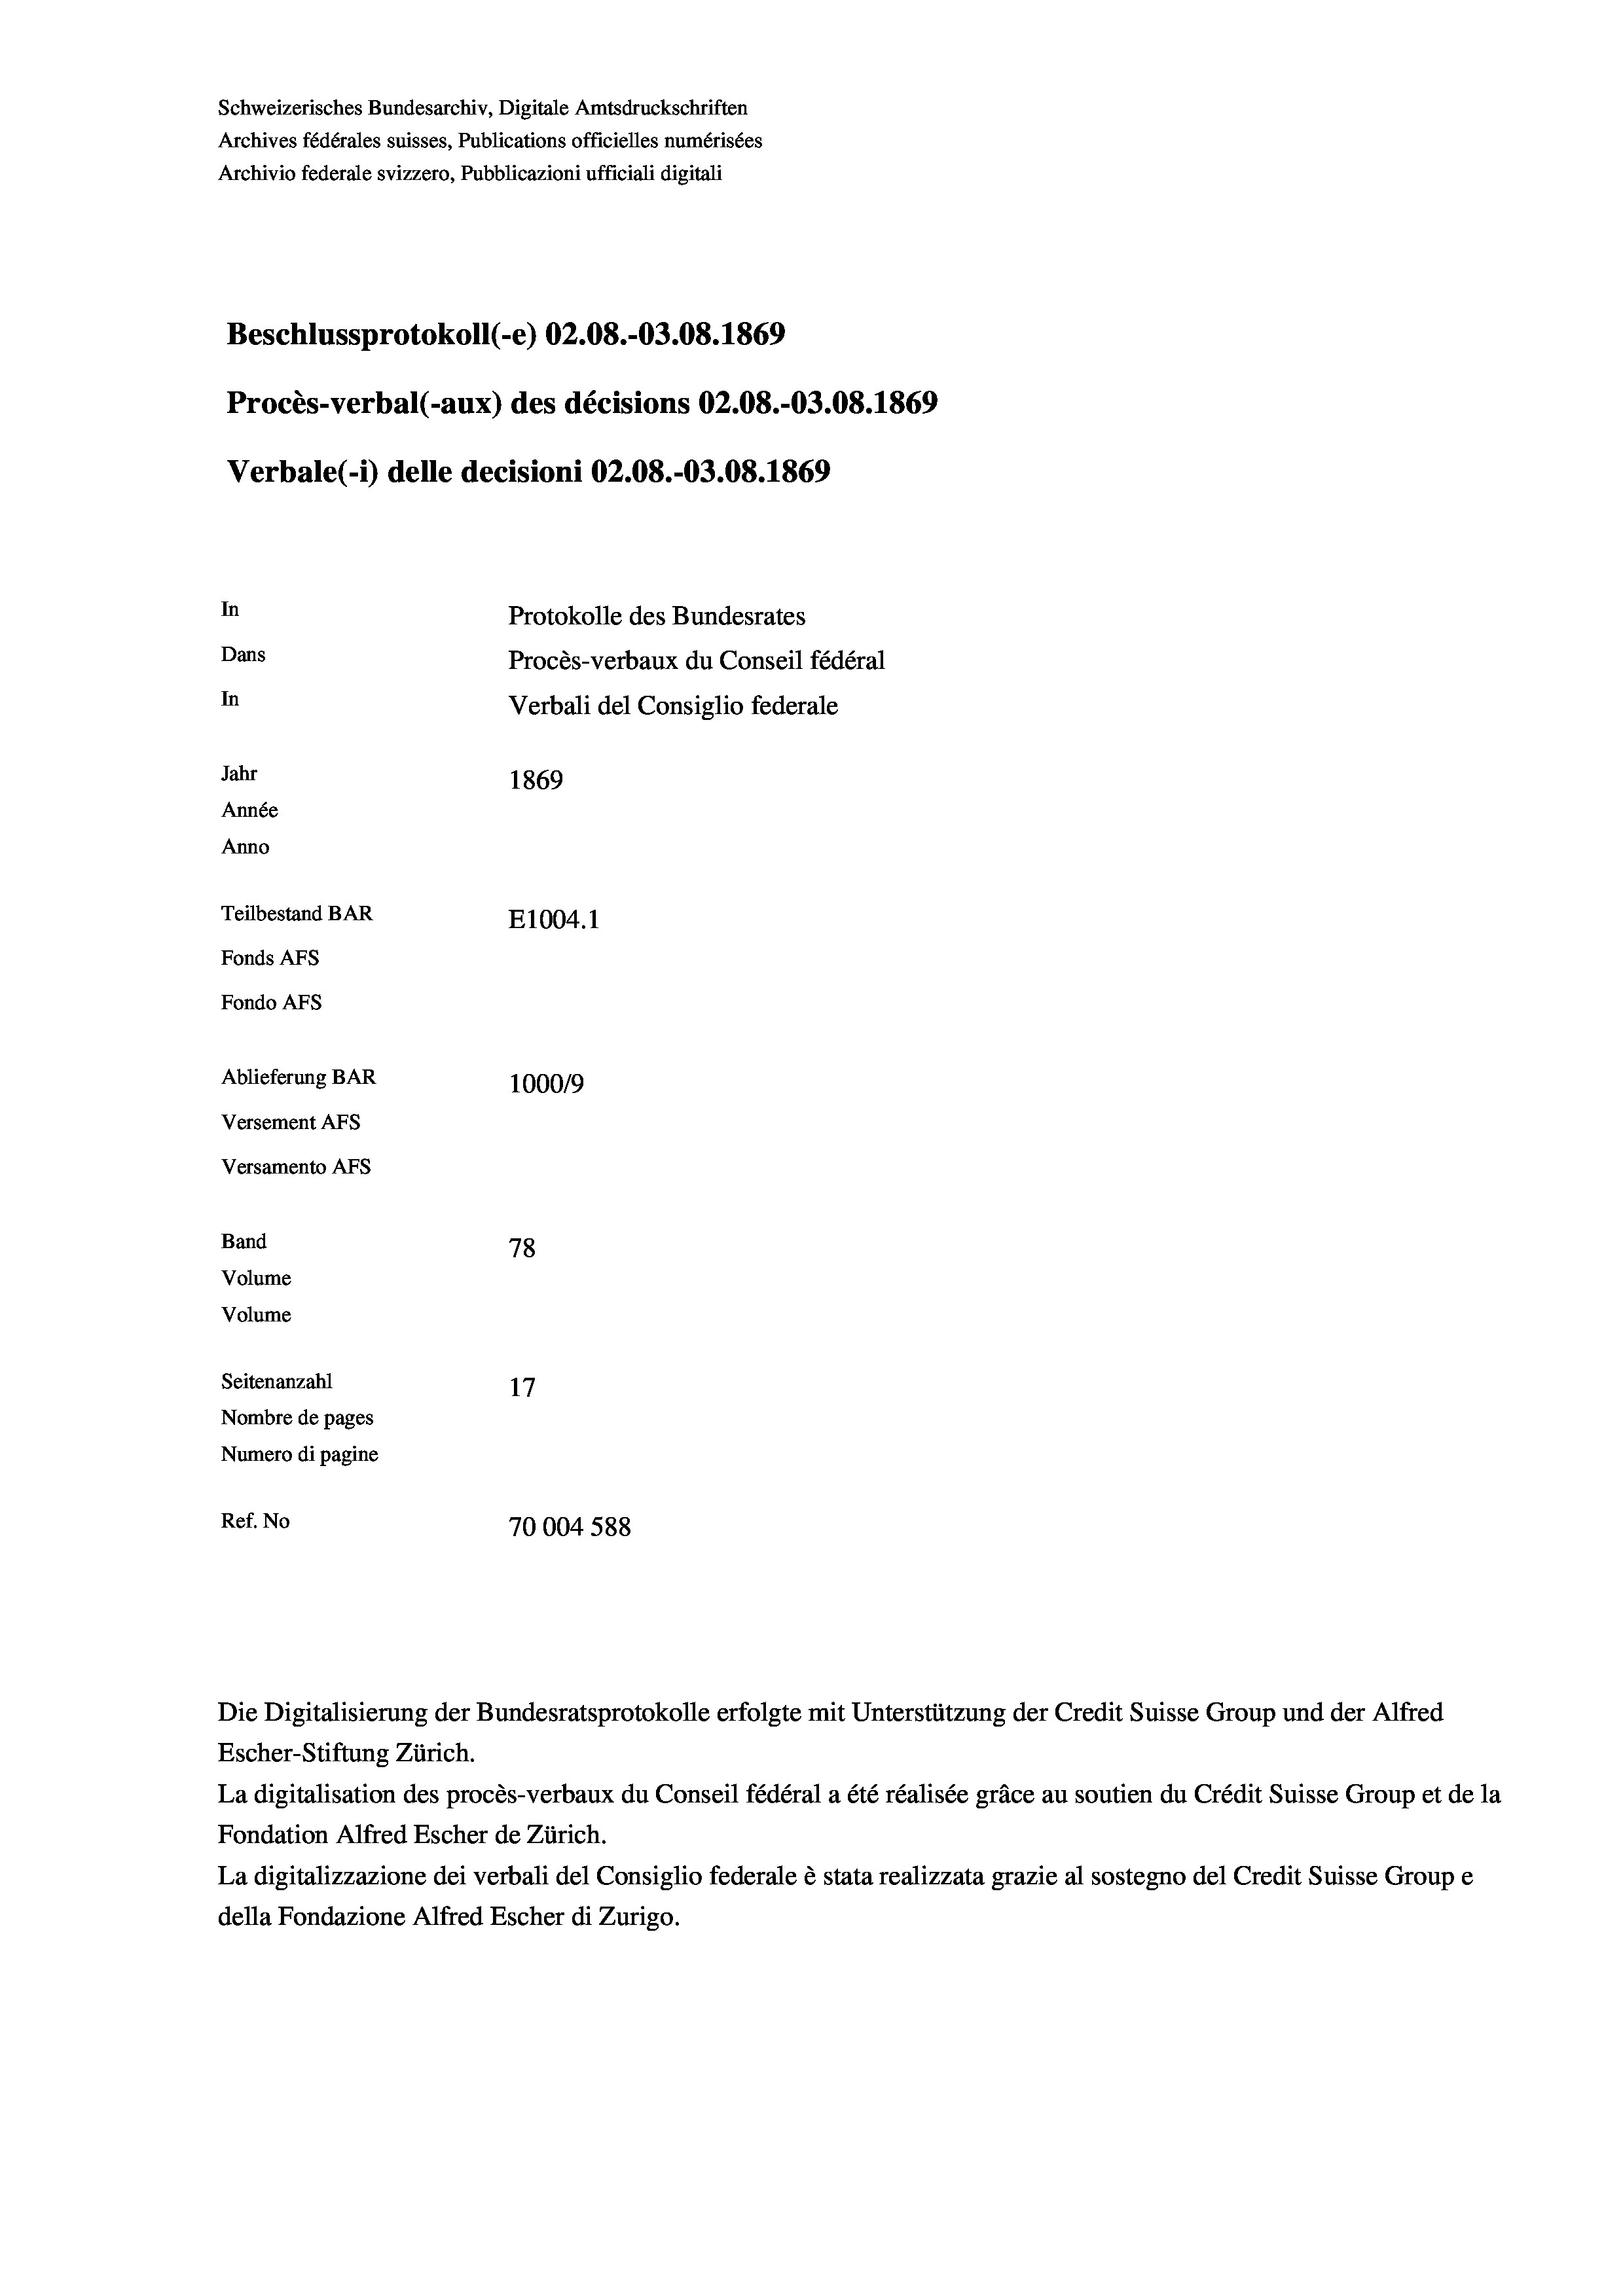
Beschlussprotokoll (-e) 02.08.-03.08. 1869
Procès-verbal (-aux) des décisions 02.08.-03.08. 1869
Verbale (- 1) delle decisioni 02.08.-03.08. 1869
In
Protokolle des Bundesrates
Dans
Procès-verbaux du Conseil fédéral
In
Verbali del Consiglio federale
Jahr
1869
Année
Anno
Teilbestand BAR
E1004.1
Fonds AFs
Fondo Afs
Ablieferung BAR
100019
Versement AFs

Versamento Afs
Band

Schweizerisches Bundesarchiv, Digitale Amtsdruckschriften
Archives fédérales suisses, Publications officielles numérisées
Archivio federale svizzero, Pubblicazioni ufficiali digitali

78
Volume
Volume
Seitenanzahl
17
Nombre de pages
Numero di pagine
Ref. No
70004 588

Escher-Stiftung Zürich.
La digitalisation des procès-verbaux du Conseil fédéral a été réalisée gräce au soutien du Crédit Suisse Group et de la
Fondation Alfred Escher de Zürich.
La digitalizzazione dei verbali del Consiglio federale è stata realizzata grazie al sostegno del Credit Suisse Groupe
della Fondazione Alfred Escher di Zurigo.

Die Digitalisierung der Bundesratsprotokolle erfolgte mit Unterstützung der Credit Suisse Group und der Alfred